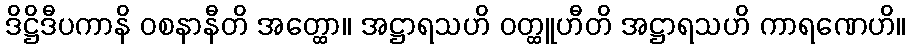
ဒိဋ္ဌိဒီပကာနိ ဝစနာနီတိ အတ္ထော။ အဋ္ဌာရသဟိ ဝတ္ထူဟီတိ အဋ္ဌာရသဟိ ကာရဏေဟိ။